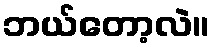
ဘယ်တော့လဲ။